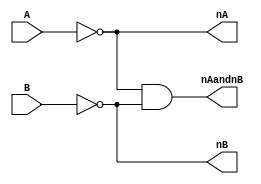
module demorgan
(
	input A,
	input B,
	output nA,
	output nB,
	output nAandnB
);
	wire nA;
	wire nB;
	not Ainv(nA,A);
	not Binb(nB,B);
	and andgate(nAandnB, nA, nB);
endmodule